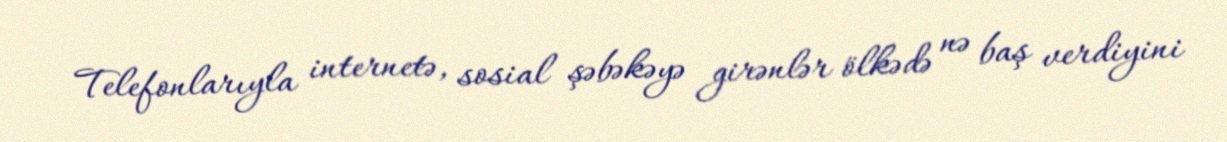
Telefonlarıyla internetə, sosial şəbəkəyə girənlər ölkədə nə baş verdiyini